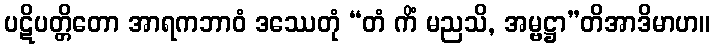
ပဋိပတ္တိတော အာရကဘာဝံ ဒဿေတုံ “တံ ကိံ မညသိ, အမ္ဗဋ္ဌာ”တိအာဒိမာဟ။